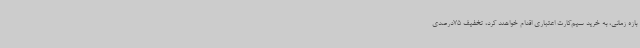
بازه زمانی، به خرید سیم‌کارت اعتباری اقدام خواهند کرد، تخفیف 75درصدی